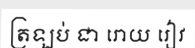
ត្រឡប់ ជា រោយ រៀវ